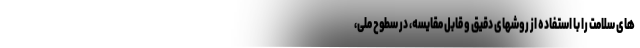
های سلامت را با استفاده از روشهای دقیق و قابل مقایسه، در سطوح ملی،